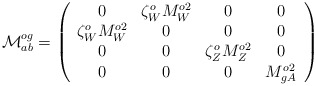
\begin{align*}{\cal M}^{og}_{ab} =\left(\begin{array}{cccc} 0 & \zeta_W^ o M_{W}^{o2} & 0 & 0 \\ \zeta_W^ oM_{W}^{o2} & 0 & 0 & 0 \\ 0& 0& \zeta_Z^o M_{Z}^{o2} & 0 \\ 0 & 0 & 0 & M_{gA}^{o2} \end{array} \right)\end{align*}